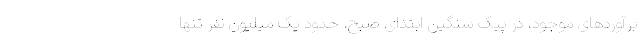
برآوردهای موجود، در پیک سنگین ابتدای صبح، حدود یک میلیون نفر تنها